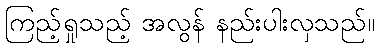
ကြည့်ရှုသည့် အလွန် နည်းပါးလှသည်။